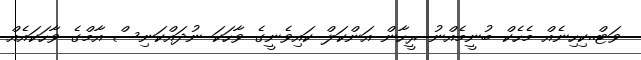
ވަޓް..ކިހިނެއް މެހެކް ބުނީމެއްނު ރީހާން އަންކަލް ކައިވެނީގެ ވާހަކަ ނުދައްކަނިސް އާމްގެ ވާހަކައެއް